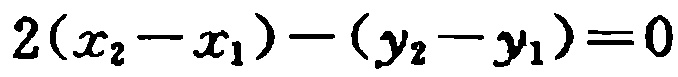
\(2(x_{2}-x_{1})-(y_{2}-y_{1})=0\)